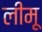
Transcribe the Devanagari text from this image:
लीमू